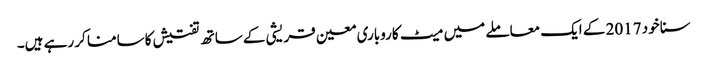
سنا خود 2017 کے ایک معاملے میں میٹ کاروباری معین قریشی کے ساتھ تفتیش کاسامنا کر رہے ہیں۔